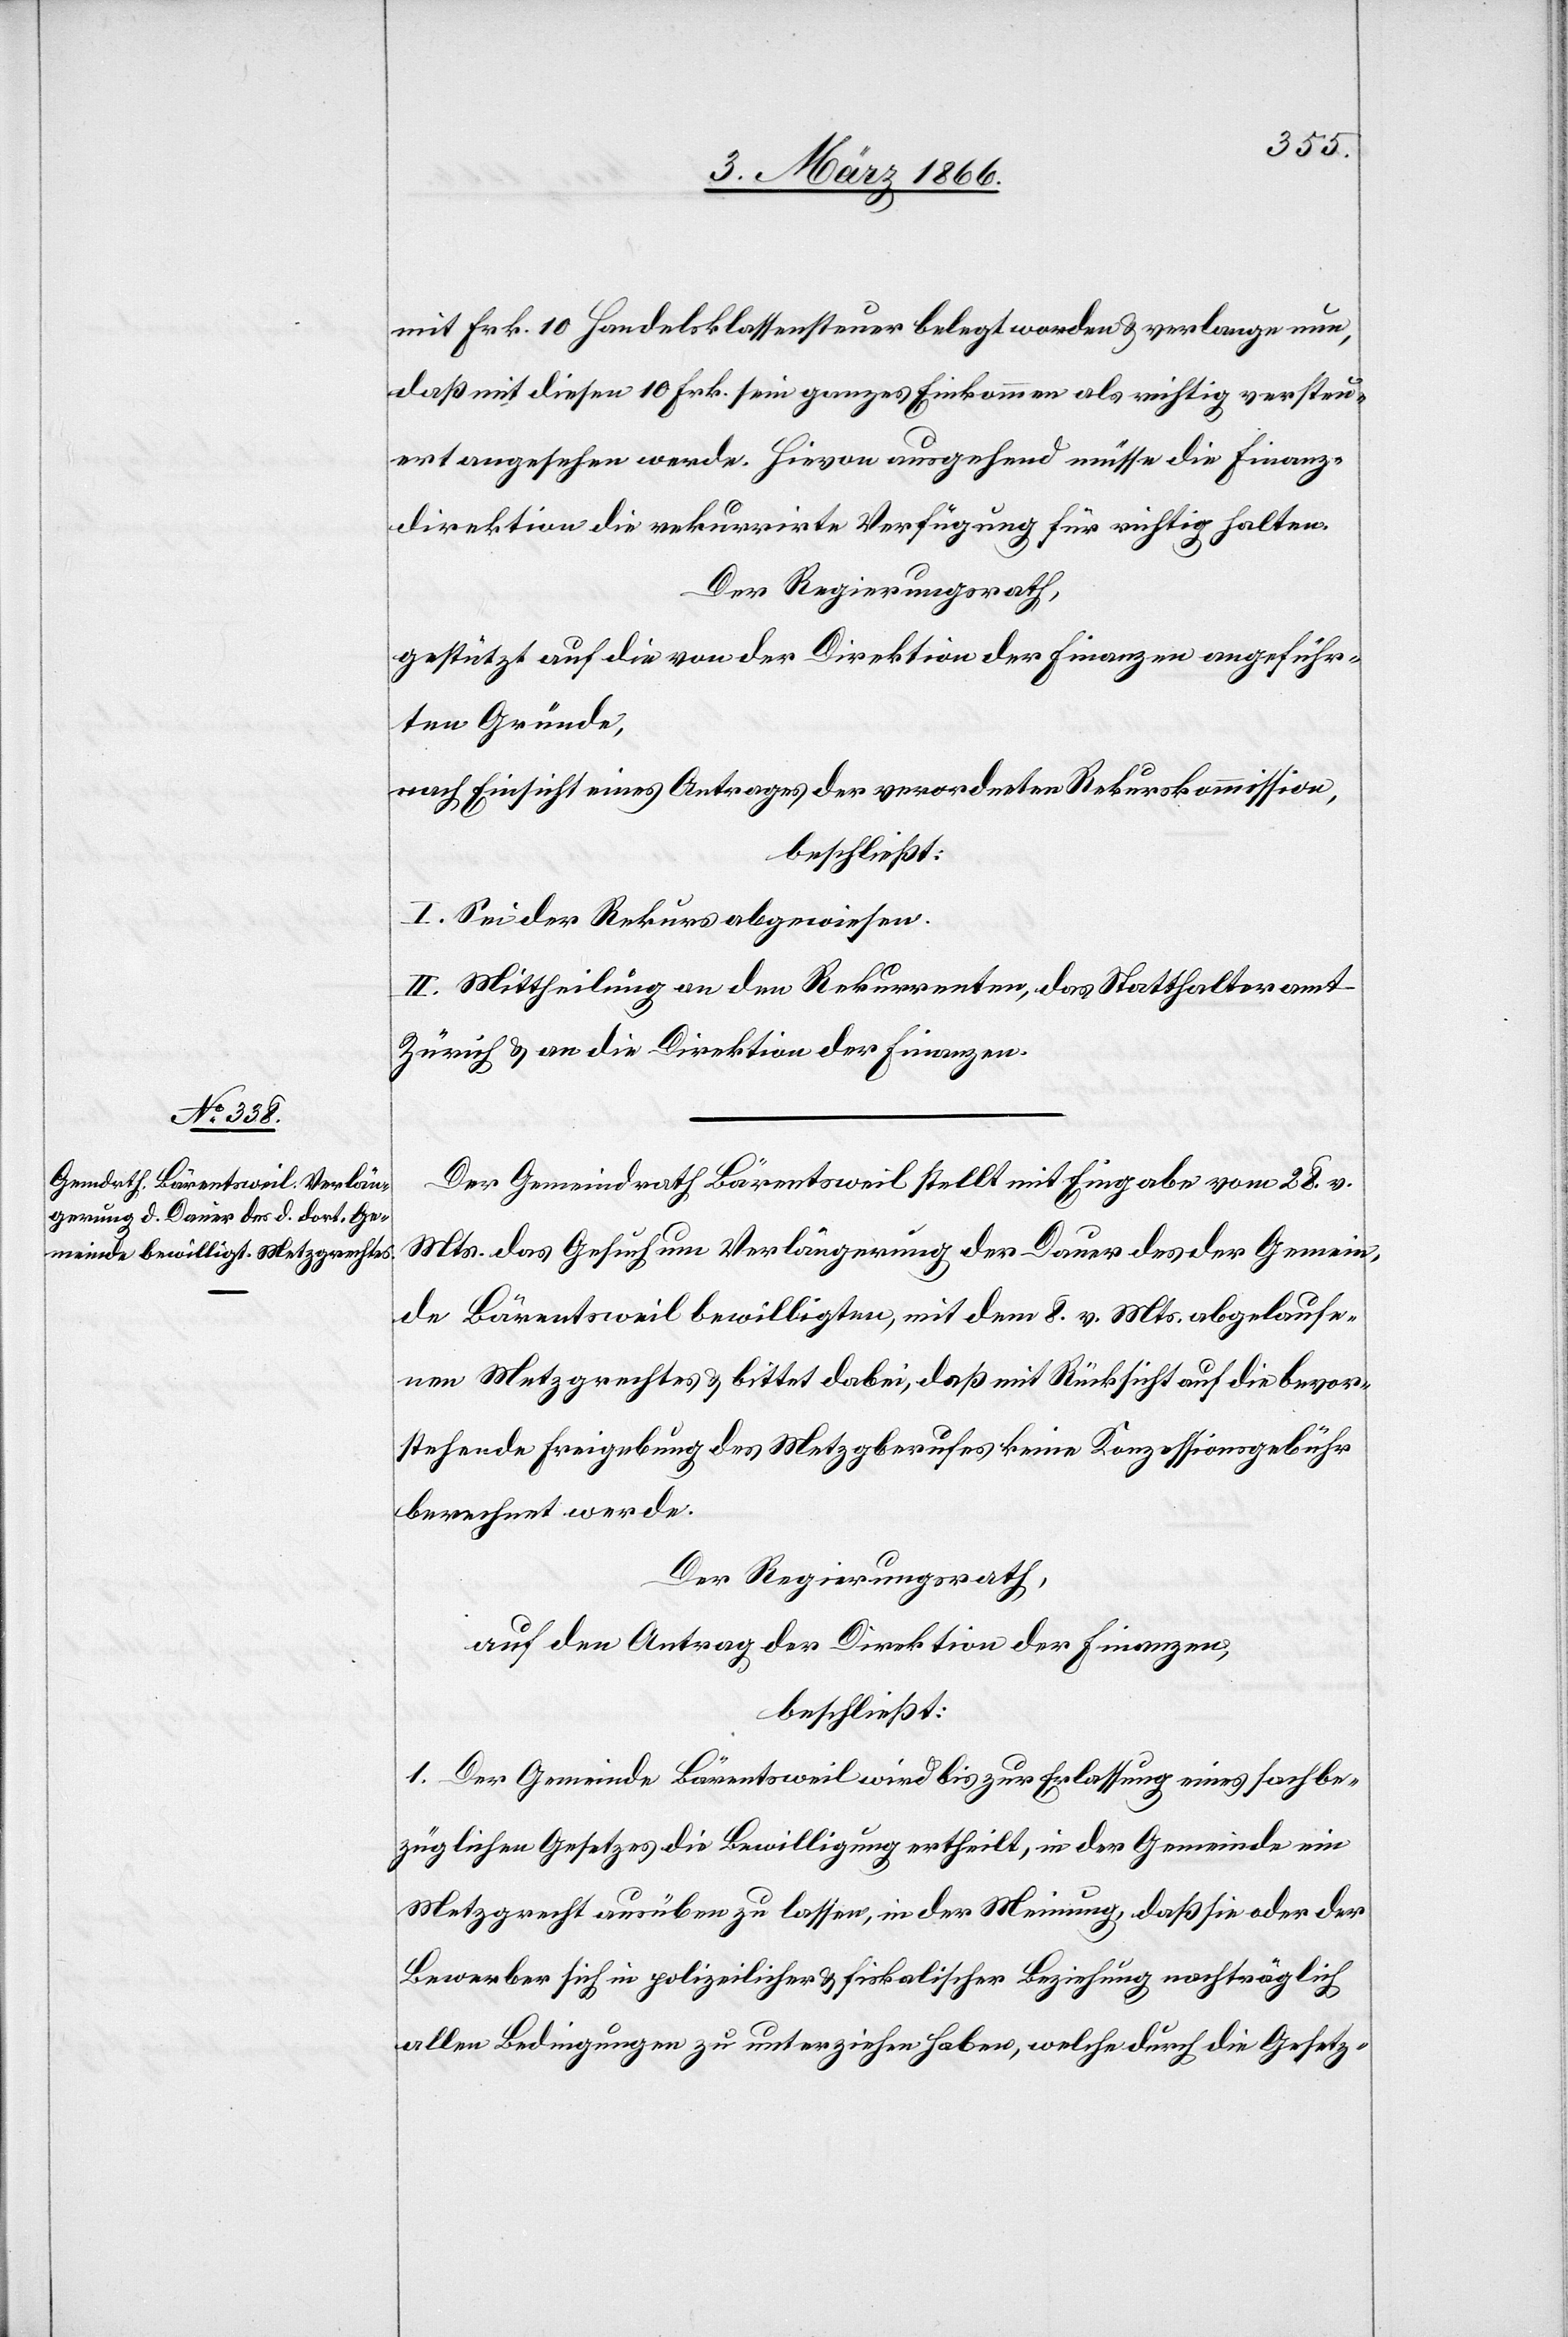
mit Frk. 10 Handelsklassensteuer belegt worden u. verlange nun,
daß mit diesen 10 Frk. sein ganzes Einkommen als richtig versteu¬
ert angesehen werde. Hievon ausgehend müsse die Finanz¬
direktion die rekurrirte Verfügung für richtig halten.
Der Regierungsrath,
gestützt auf die von der Direktion der Finanzen angeführ¬
ten Gründe,
nach Einsicht eines Antrages der verordneten Rekurskommission,
beschließt:
I. Sei der Rekurs abgewiesen.
II. Mittheilung an den Rekurrenten, das Statthalteramt
Zürich u. an die Direktion der Finanzen.
Der Gemeindrath Bärentsweil stellt mit Eingabe vom 28. v.
Mts. das Gesuch um Verlängerung der Dauer des der Gemein¬
de Bärentsweil bewilligten, mit dem 8. v. Mts. abgelaufe¬
nen Metzrechtes u. bittet dabei, daß mit Rücksicht auf die bevor¬
stehende Freigebung des Metzgberufes keine Konezssionsgebühr
berechnet werde.
Der Regierungsrath,
auf den Antrag der Direktion der Finanzen,
beschließt:
1. Der Gemeinde Bärentsweil wird bis zur Erlassung eines sachbe¬
züglichen Gesetzes die Bewilligung ertheilt, in der Gemeinde ein
Metzgrecht ausüben zu lassen, in der Meinung, daß sie oder der
Bewerber sich in polizeilicher u. fiskalischer Beziehung nachträglich
allen Bedingungen zu unterziehen haben, welche durch die Gesetz-